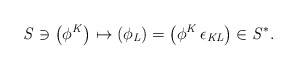
\begin{align*}\it S \ni \left(\phi^K\right) \mapsto \left(\phi_L\right)= \left(\phi^K \, \epsilon_{KL}\right) \in {\it S}^*.\end{align*}